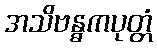
အသိဗန္ဓကပုတ္တံ